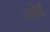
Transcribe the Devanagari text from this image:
ओढैं